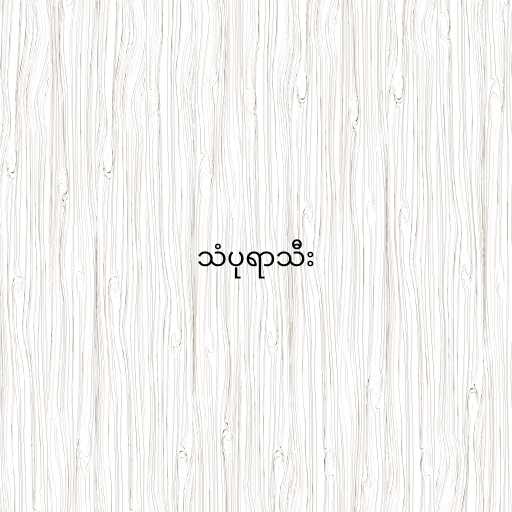
သံပုရာသီး